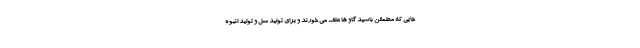
جایی که مطمئن باشید گاو ها علف می خورند و برای تولید مثل و تولید انبوه